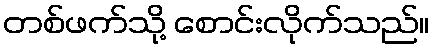
တစ်ဖက်သို့ စောင်းလိုက်သည်။